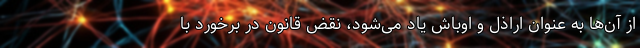
از آن‌ها به عنوان اراذل و اوباش یاد می‌شود، نقض قانون در برخورد با